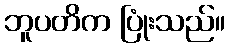
ဘူပတိက ပြုံးသည်။